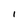
Character: I